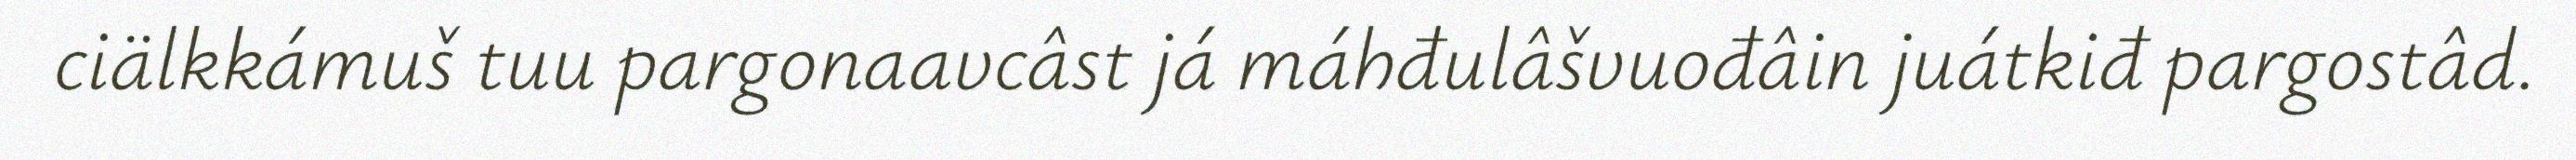
ciälkkámuš tuu pargonaavcâst já máhđulâšvuođâin juátkiđ pargostâd.